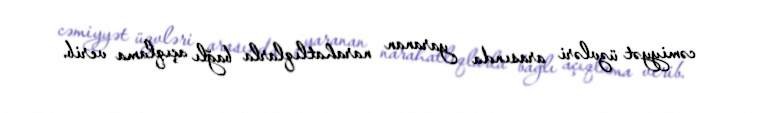
cəmiyyət üzvləri arasında yaranan narahatlıqlarla bağlı açıqlama verib.